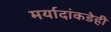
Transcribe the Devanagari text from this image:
मर्यादांकडेही